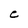
Character: C